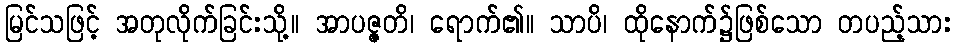
မြင်သဖြင့် အတုလိုက်ခြင်းသို့။ အာပဇ္ဇတိ၊ ရောက်၏။ သာပိ၊ ထိုနောက်၌ဖြစ်သော တပည့်သား